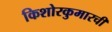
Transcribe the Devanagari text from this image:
किशोरकुमारची